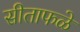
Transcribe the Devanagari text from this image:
सीताफळे